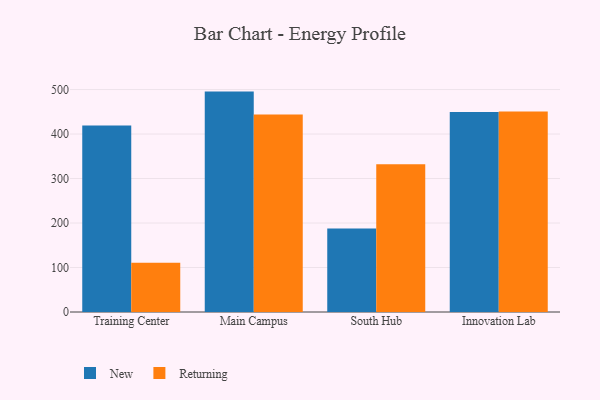
{"axis": {"x": "Campus", "y": "Market Share (%)"}, "legend": ["New", "Returning"], "data": [{"x": "Training Center", "y": 419.2, "type": "New"}, {"x": "Training Center", "y": 110.8, "type": "Returning"}, {"x": "Main Campus", "y": 495.4, "type": "New"}, {"x": "Main Campus", "y": 444.2, "type": "Returning"}, {"x": "South Hub", "y": 187.7, "type": "New"}, {"x": "South Hub", "y": 332.0, "type": "Returning"}, {"x": "Innovation Lab", "y": 449.4, "type": "New"}, {"x": "Innovation Lab", "y": 450.6, "type": "Returning"}]}